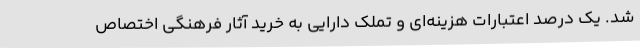
شد. یک درصد اعتبارات هزینه‌ای و تملک دارایی به خرید آثار فرهنگی اختصاص